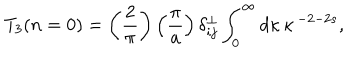
LaTeX: T _ { 3 } ( n = 0 ) = \left( { \frac { 2 } { \pi } } \right) \left( { \frac { \pi } { a } } \right) \delta _ { i j } ^ { \bot } \int _ { 0 } ^ { \infty } d \kappa \, \kappa \, ^ { - 2 - 2 s } ,